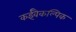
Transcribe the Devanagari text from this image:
कईवैकल्पिक